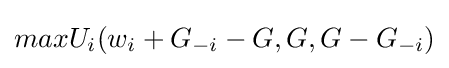
maxU_{i}(w_{i}+G_{-i}-G,G,G-G_{-i})